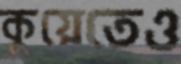
কুয়েতেও